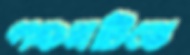
পঞ্চমটিতে